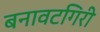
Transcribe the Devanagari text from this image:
बनावटगिरी